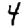
Digit: 4